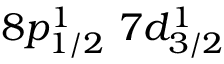
8 p _ { 1 / 2 } ^ { 1 } \, \, 7 d _ { 3 / 2 } ^ { 1 }